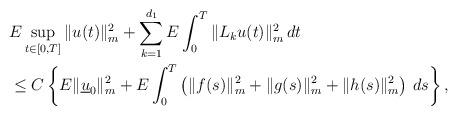
LaTeX: \begin{align*}&E\sup_{t\in[0,T]}\|u(t)\|_m^2+\sum_{k=1}^{d_1}E\int_{0}^T\|L_ku(t)\|_m^2\,dt\\&\leq C\left\{E\|\underline{u}_0\|_m^2 + E\int_{0}^T \left(\|f(s)\|_m^2+\|g(s)\|_m^2+\|h(s)\|_m^2\right)\,ds\right\},\end{align*}